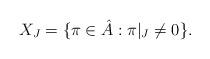
LaTeX: \begin{align*} X_J=\{\pi\in \hat{A}: \pi|_J\neq 0\}.\end{align*}